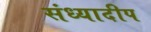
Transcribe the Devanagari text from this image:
संध्यादीप